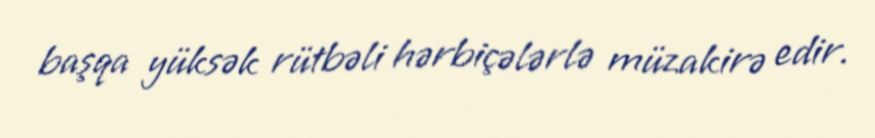
başqa yüksək rütbəli hərbiçələrlə müzakirə edir.